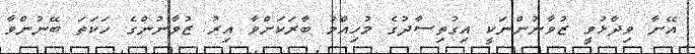
އޭނާ ވިދާޅުވީ ޒުވާނުންނަކީ އިގުތިސާދުގެ މުހިއްމު ބާރަކަށްވާ އިރު ޒުވާނުންގެ ހަކަތަ ބޭނުންވާ